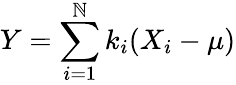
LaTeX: Y=\sum_{i=1}^{\mathbb{N}}k_{i}(X_{i}-\mu)